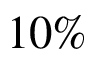
1 0 \%